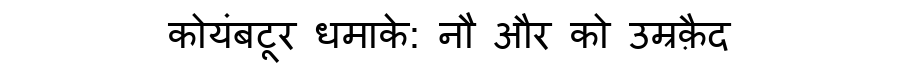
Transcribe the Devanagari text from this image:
कोयंबटूर धमाके: नौ और को उम्रक़ैद